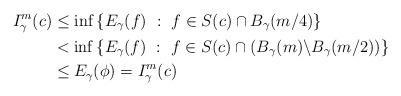
LaTeX: \begin{align*}I^m_\gamma(c) &\leq \inf \left\{E_\gamma(f) \ : \ f \in S(c) \cap B_\gamma(m/4)\right\} \\&< \inf\left\{ E_\gamma(f) \ : \ f \in S(c) \cap \left( B_\gamma(m) \backslash B_\gamma(m/2)\right)\right\} \\&\leq E_\gamma(\phi) = I^m_\gamma(c)\end{align*}